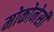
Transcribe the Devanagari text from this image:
मोकोनेसी